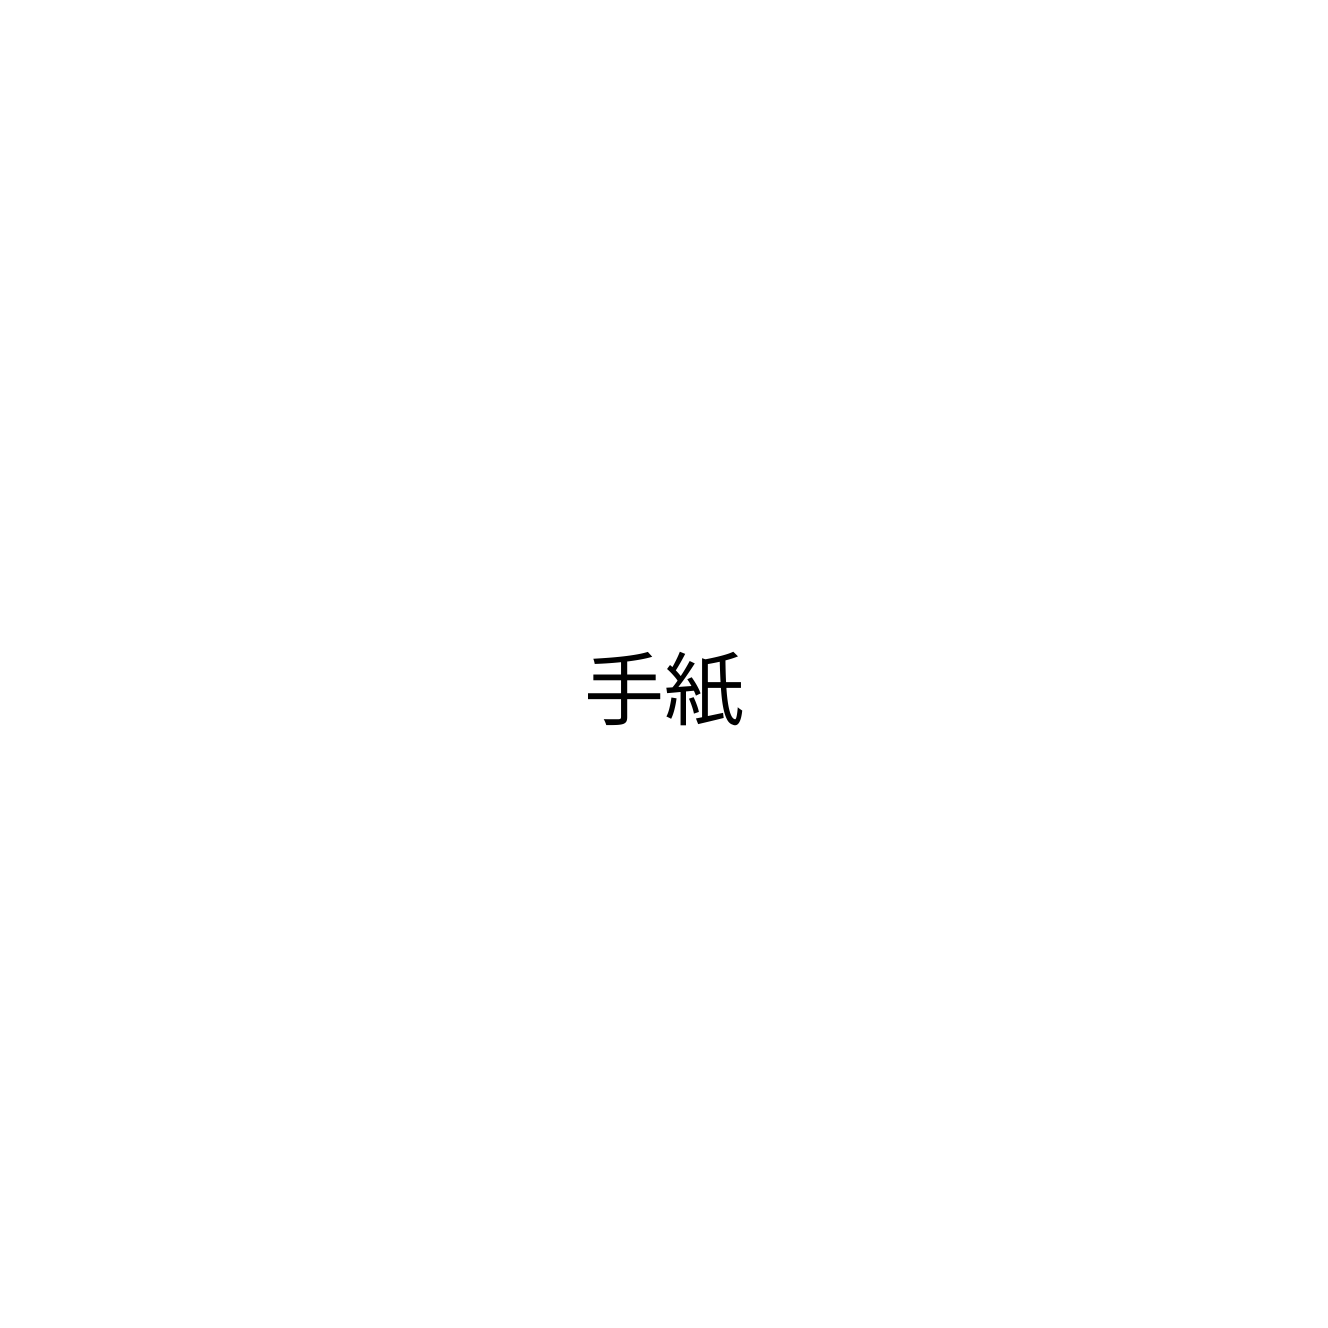
手紙